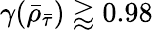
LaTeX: \gamma(\bar{\rho}_{\bar{\tau}})\gtrapprox 0.98